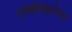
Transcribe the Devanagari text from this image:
एक्झिक्युटेबल